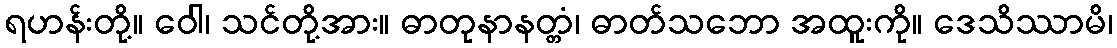
ရဟန်းတို့။ ဝေါ၊ သင်တို့အား။ ဓာတုနာနတ္တံ၊ ဓာတ်သဘော အထူးကို။ ဒေသိဿာမိ၊